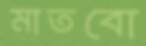
মাতবো